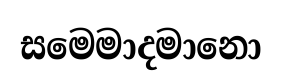
සමෙමාදමානො